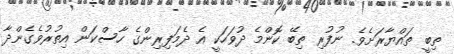
ތިބީ ތައްޔާރަށެވެ. ނުފުރި ތިބޭ ކޮންމެ ދުވަހަކީ އެ ދެމަފިރިންގެ ހާސްކަން އިތުރުވެގެންދާ